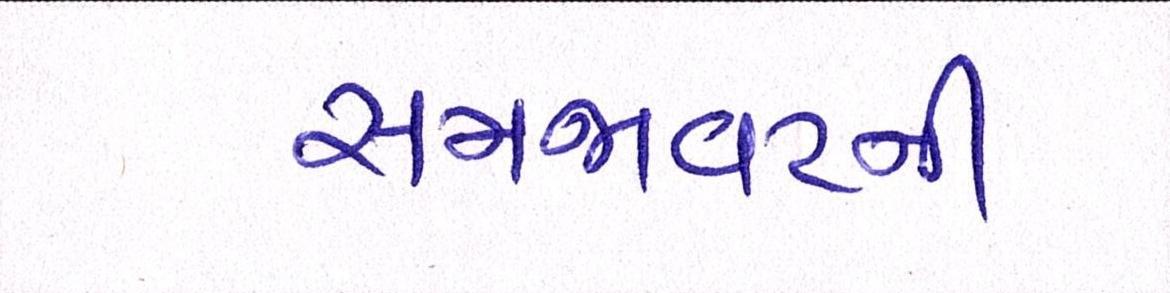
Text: સમજાવટની